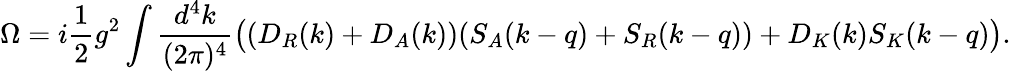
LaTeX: \Omega=i{\frac{1}{2}}g^{2}\int{\frac{d^{4}k}{(2\pi)^{4}}}\big((D_{R}(k)+D_{A}(k))(S_{A}(k-q)+S_{R}(k-q))+D_{K}(k)S_{K}(k-q)\big).